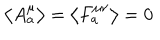
LaTeX: \left\langle A _ { a } ^ { \mu } \right\rangle = \left\langle F _ { a } ^ { \mu \nu } \right\rangle = 0